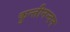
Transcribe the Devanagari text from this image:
कुन्तीनन्दन